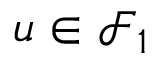
u \in { \mathcal { F } } _ { 1 }